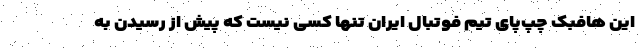
این هافبک چپ‌پای تیم فوتبال ایران تنها کسی نیست که پیش از رسیدن به